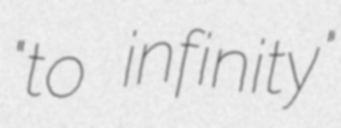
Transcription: "to infinity"